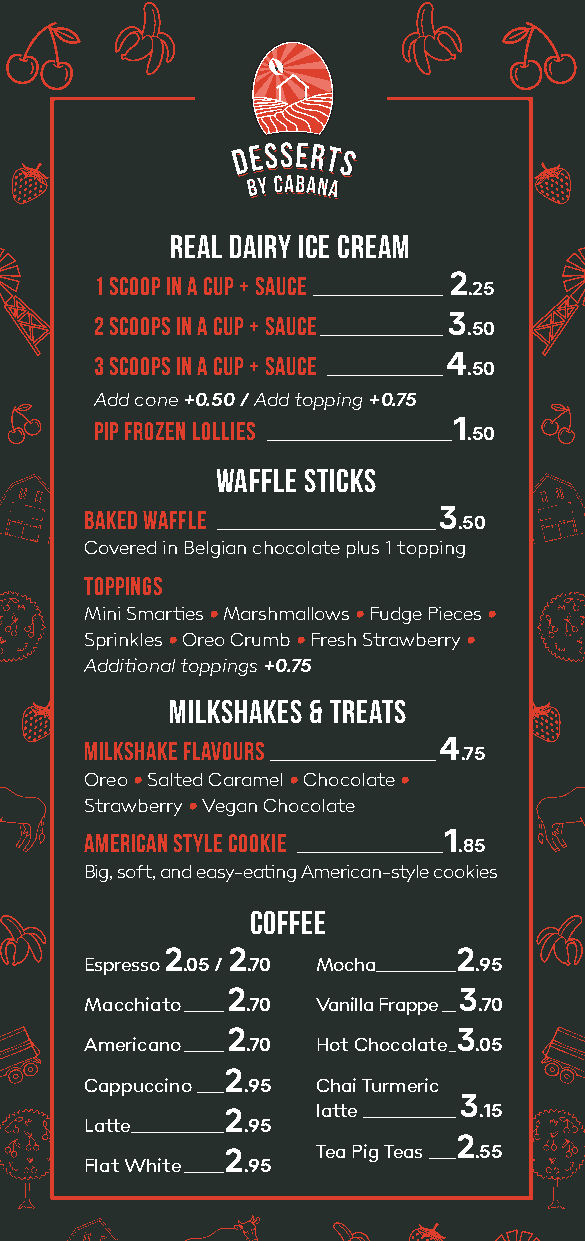
Real Dairy Ice Cream
 1 scoop in a cup + sauce ___________________2
 .25
 2 scoops in a cup + sauce __________________3
 .50
 3 Scoops in a cup + sauce _________________4
 .50
 Add cone +0.50 / Add topping +0.75
 Pip frozen lollies ____________________________1
 .50
 Waffle Sticks
 Baked waffle _________________________________3
 .50
 Covered in Belgian chocolate plus 1 topping
 Toppings
 Mini Smarties • Marshmallows • Fudge Pieces •
 Sprinkles • Oreo Crumb • Fresh Strawberry •
 Additional toppings +0.75
 Milkshakes & Treats
 Milkshake flavours _________________________4
 .75
 Oreo • Salted Caramel • Chocolate •
 Strawberry • Vegan Chocolate
 American style cookie ______________________1
 .85
 Big, soft, and easy-eating American-style cookies
 Coffee
 2   2              2
 Espresso .05 / .70 Mocha____________ .95
 2              3
 Macchiato ______ .70 Vanilla Frappe __ .70
 2              3
 Americano ______ .70 Hot Chocolate _ .05
 2
 Cappuccino ____ .95 Chai Turmeric
 3
 2     latte ______________ .15
 Latte ______________ .95
 2
 Flat White
 ______2
 .95
 Tea Pig Teas ____ .55